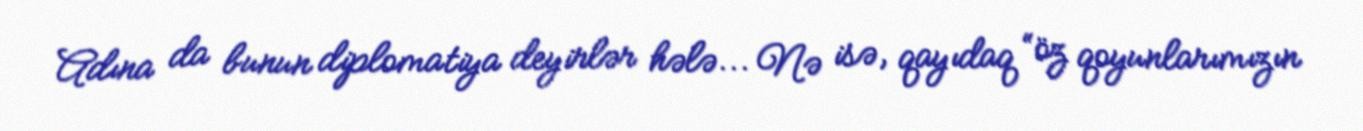
Adına da bunun diplomatiya deyirlər hələ... Nə isə, qayıdaq “öz qoyunlarımızın